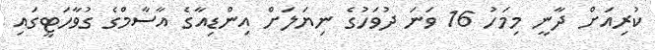
ކުރިއަށް ދާނީ މިމަހު 16 ވަނަ ދުވަހުގެ ނިޔަލަށް އިންޑިއާގެ އާސާމްގެ ގުވާހަޓީގައި